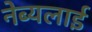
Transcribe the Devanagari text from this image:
नेब्यलाई